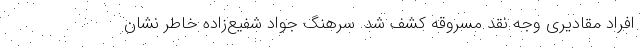
افراد مقادیری وجه نقد مسروقه کشف شد. سرهنگ جواد شفیع‌زاده خاطر نشان